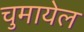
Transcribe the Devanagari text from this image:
चुमायेल